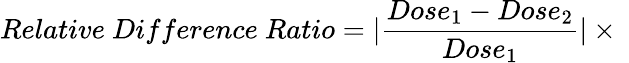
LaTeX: Relative\ Difference\ Ratio=|\frac{Dose_{1}-Dose_{2}}{Dose_{1}}|\times\